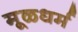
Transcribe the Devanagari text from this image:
मूळधर्म